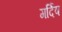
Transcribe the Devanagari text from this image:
गर्दिष